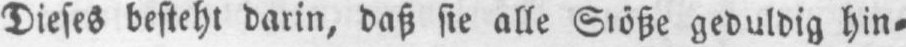
geduldig hin⸗